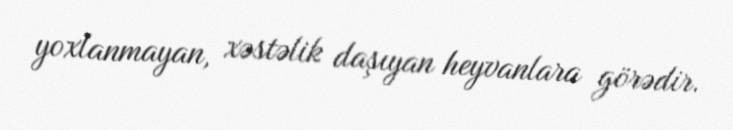
yoxlanmayan, xəstəlik daşıyan heyvanlara görədir.